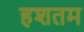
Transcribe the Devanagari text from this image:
हशतम